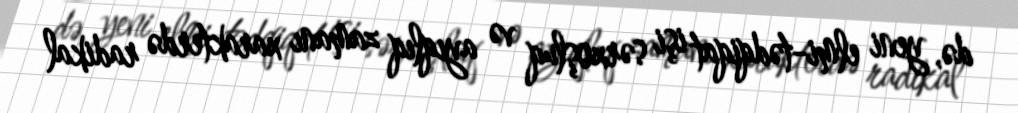
də, yeni elmi-tədqiqat işi sərxoşluq və ayıqlıq zamanı xarakterdə radikal